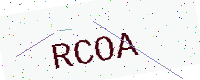
Text: RCOA